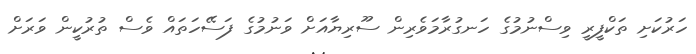
ހަރުކަށި ތަކްފީރީ ވިސްނުމުގެ ހަނގުރާމަވެރިން ސޫރިޔާއަށް ވަނުމުގެ ފަސޭހަތައް ވެސް ތުރުކީން ވަރަށް